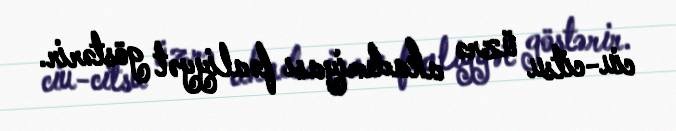
ciu-citsu üzrə akademiyası fəaliyyət göstərir.